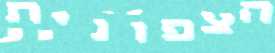
הצפונית